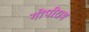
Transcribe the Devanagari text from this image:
गोपीराम